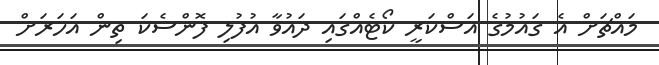
މައްޗަށް އެ ގައުމުގެ އަސްކަރީ ކޯޓެއްގައި ދައުވާ އުފުލި ފޮންސެކަ ތިން އަހަރަށް